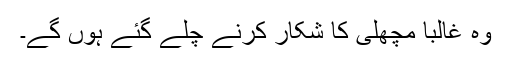
وہ غالباً مچھلی کا شکار کرنے چلے گئے ہوں گے۔